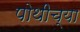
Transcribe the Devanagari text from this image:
पोथीच्या